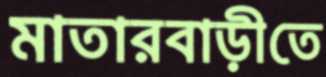
মাতারবাড়ীতে